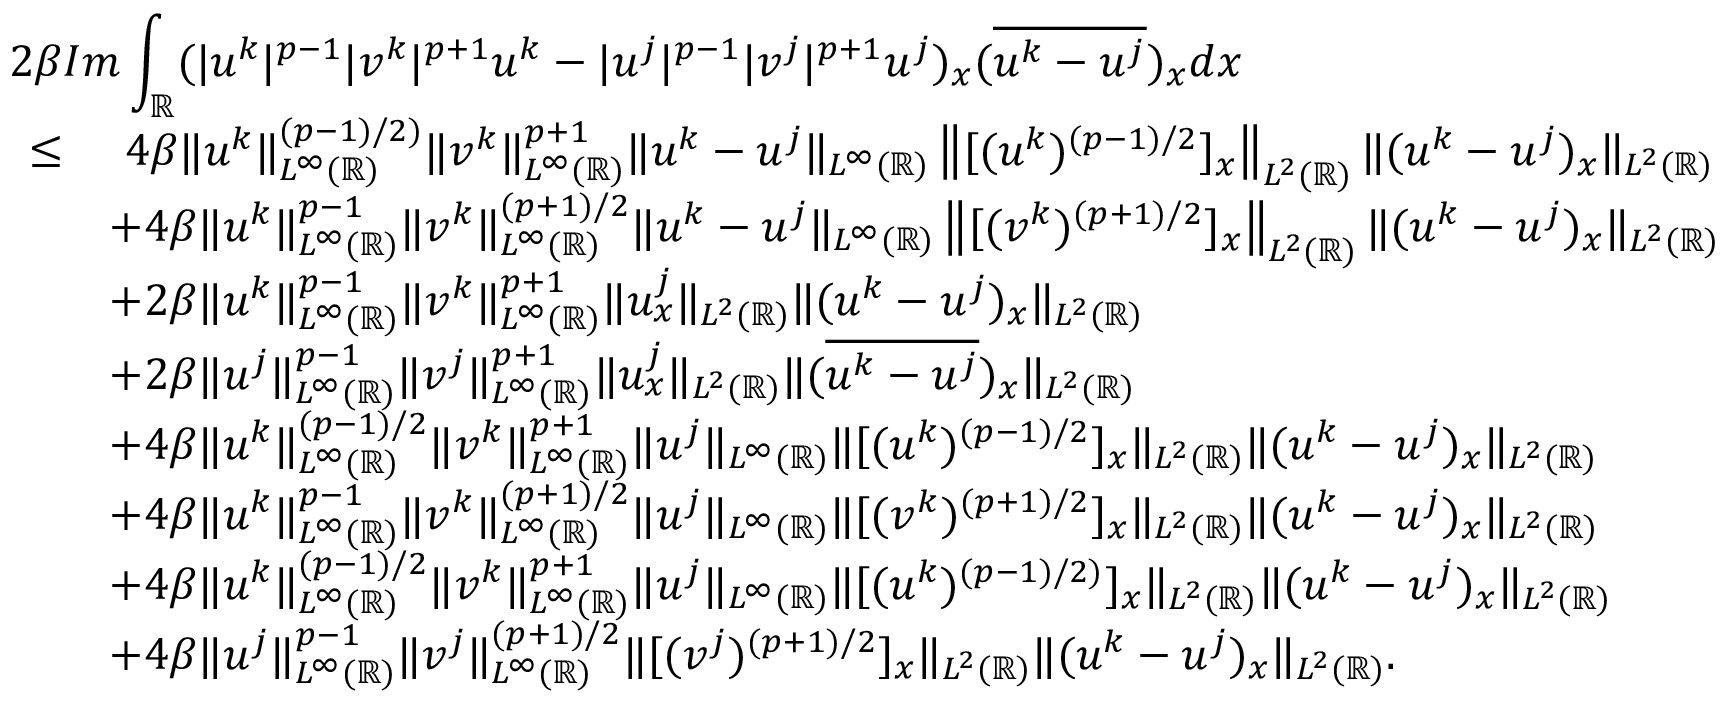
\begin{array} { r l } { 2 \beta \lefteqn { I m \int _ { \mathbb { R } } ( | u ^ { k } | ^ { p - 1 } | v ^ { k } | ^ { p + 1 } u ^ { k } - | u ^ { j } | ^ { p - 1 } | v ^ { j } | ^ { p + 1 } u ^ { j } ) _ { x } ( \overline { { u ^ { k } - u ^ { j } } } ) _ { x } d x } } \\ { \leq } & { \ 4 \beta \| u ^ { k } \| _ { L ^ { \infty } ( \mathbb { R } ) } ^ { ( p - 1 ) / 2 ) } \| v ^ { k } \| _ { L ^ { \infty } ( \mathbb { R } ) } ^ { p + 1 } \| u ^ { k } - u ^ { j } \| _ { L ^ { \infty } ( \mathbb { R } ) } \left\| [ ( u ^ { k } ) ^ { ( p - 1 ) / 2 } ] _ { x } \right\| _ { L ^ { 2 } ( \mathbb { R } ) } \| ( u ^ { k } - u ^ { j } ) _ { x } \| _ { L ^ { 2 } ( \mathbb { R } ) } } \\ & { + 4 \beta \| u ^ { k } \| _ { L ^ { \infty } ( \mathbb { R } ) } ^ { p - 1 } \| v ^ { k } \| _ { L ^ { \infty } ( \mathbb { R } ) } ^ { ( p + 1 ) / 2 } \| u ^ { k } - u ^ { j } \| _ { L ^ { \infty } ( \mathbb { R } ) } \left\| [ ( v ^ { k } ) ^ { ( p + 1 ) / 2 } ] _ { x } \right\| _ { L ^ { 2 } ( \mathbb { R } ) } \| ( u ^ { k } - u ^ { j } ) _ { x } \| _ { L ^ { 2 } ( \mathbb { R } ) } } \\ & { + 2 \beta \| u ^ { k } \| _ { L ^ { \infty } ( \mathbb { R } ) } ^ { p - 1 } \| v ^ { k } \| _ { L ^ { \infty } ( \mathbb { R } ) } ^ { p + 1 } \| u _ { x } ^ { j } \| _ { L ^ { 2 } ( \mathbb { R } ) } \| ( u ^ { k } - u ^ { j } ) _ { x } \| _ { L ^ { 2 } ( \mathbb { R } ) } } \\ & { + 2 \beta \| u ^ { j } \| _ { L ^ { \infty } ( \mathbb { R } ) } ^ { p - 1 } \| v ^ { j } \| _ { L ^ { \infty } ( \mathbb { R } ) } ^ { p + 1 } \| u _ { x } ^ { j } \| _ { L ^ { 2 } ( \mathbb { R } ) } \| ( \overline { { u ^ { k } - u ^ { j } } } ) _ { x } \| _ { L ^ { 2 } ( \mathbb { R } ) } } \\ & { + 4 \beta \| u ^ { k } \| _ { L ^ { \infty } ( \mathbb { R } ) } ^ { ( p - 1 ) / 2 } \| v ^ { k } \| _ { L ^ { \infty } ( \mathbb { R } ) } ^ { p + 1 } \| u ^ { j } \| _ { L ^ { \infty } ( \mathbb { R } ) } \| [ ( u ^ { k } ) ^ { ( p - 1 ) / 2 } ] _ { x } \| _ { L ^ { 2 } ( \mathbb { R } ) } \| ( u ^ { k } - u ^ { j } ) _ { x } \| _ { L ^ { 2 } ( \mathbb { R } ) } } \\ & { + 4 \beta \| u ^ { k } \| _ { L ^ { \infty } ( \mathbb { R } ) } ^ { p - 1 } \| v ^ { k } \| _ { L ^ { \infty } ( \mathbb { R } ) } ^ { ( p + 1 ) / 2 } \| u ^ { j } \| _ { L ^ { \infty } ( \mathbb { R } ) } \| [ ( v ^ { k } ) ^ { ( p + 1 ) / 2 } ] _ { x } \| _ { L ^ { 2 } ( \mathbb { R } ) } \| ( u ^ { k } - u ^ { j } ) _ { x } \| _ { L ^ { 2 } ( \mathbb { R } ) } } \\ & { + 4 \beta \| u ^ { k } \| _ { L ^ { \infty } ( \mathbb { R } ) } ^ { ( p - 1 ) / 2 } \| v ^ { k } \| _ { L ^ { \infty } ( \mathbb { R } ) } ^ { p + 1 } \| u ^ { j } \| _ { L ^ { \infty } ( \mathbb { R } ) } \| [ ( u ^ { k } ) ^ { ( p - 1 ) / 2 ) } ] _ { x } \| _ { L ^ { 2 } ( \mathbb { R } ) } \| ( u ^ { k } - u ^ { j } ) _ { x } \| _ { L ^ { 2 } ( \mathbb { R } ) } } \\ & { + 4 \beta \| u ^ { j } \| _ { L ^ { \infty } ( \mathbb { R } ) } ^ { p - 1 } \| v ^ { j } \| _ { L ^ { \infty } ( \mathbb { R } ) } ^ { ( p + 1 ) / 2 } \| [ ( v ^ { j } ) ^ { ( p + 1 ) / 2 } ] _ { x } \| _ { L ^ { 2 } ( \mathbb { R } ) } \| ( u ^ { k } - u ^ { j } ) _ { x } \| _ { L ^ { 2 } ( \mathbb { R } ) } . } \end{array}